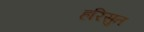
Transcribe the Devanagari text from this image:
हरिसुत